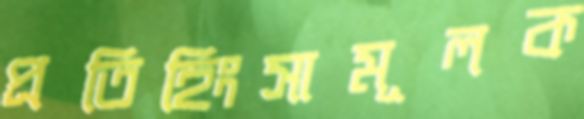
প্রতিহিংসামূলক